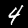
Digit: 4